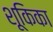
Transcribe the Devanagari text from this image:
शूकिका